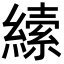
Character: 𦄨